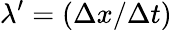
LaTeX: \lambda^{\prime}=(\Delta x/\Delta t)